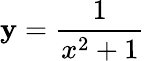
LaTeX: \mathbf{y}=\frac{{1}}{{x^{2}+1}}